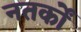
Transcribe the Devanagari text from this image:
नतर्कों